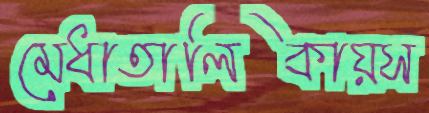
মেধাতালিকায়স